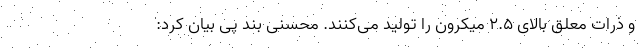
و ذرات معلق بالای ۲.۵ میکرون را تولید می‌کنند. محسنی بند پی بیان کرد: